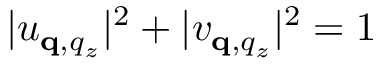
| u _ { \mathbf q , q _ { z } } | ^ { 2 } + | v _ { \mathbf q , q _ { z } } | ^ { 2 } = 1